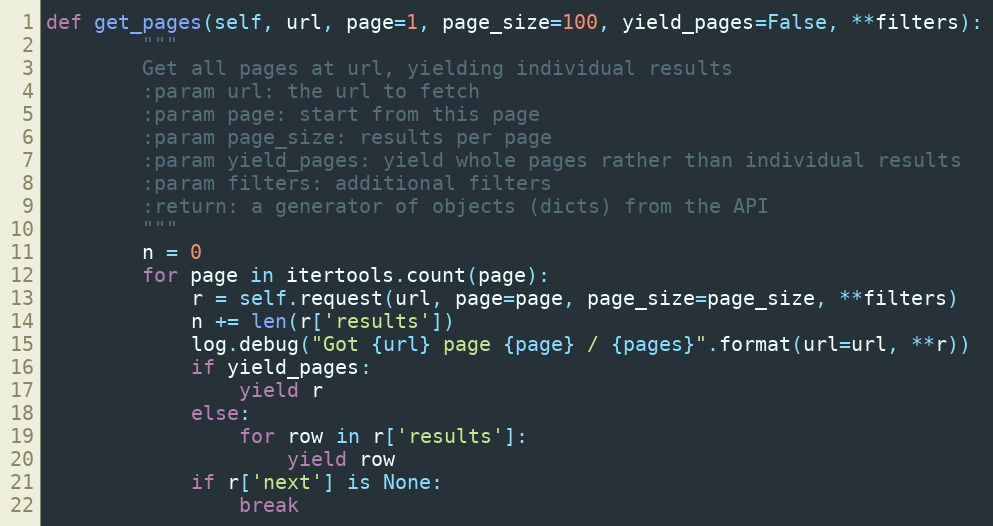
Language: Python
def get_pages(self, url, page=1, page_size=100, yield_pages=False, **filters):
        """
        Get all pages at url, yielding individual results
        :param url: the url to fetch
        :param page: start from this page
        :param page_size: results per page
        :param yield_pages: yield whole pages rather than individual results
        :param filters: additional filters
        :return: a generator of objects (dicts) from the API
        """
        n = 0
        for page in itertools.count(page):
            r = self.request(url, page=page, page_size=page_size, **filters)
            n += len(r['results'])
            log.debug("Got {url} page {page} / {pages}".format(url=url, **r))
            if yield_pages:
                yield r
            else:
                for row in r['results']:
                    yield row
            if r['next'] is None:
                break